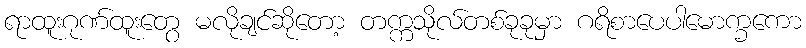
ရာထူးဂုဏ်ထူးတွေ မလိုချင်ဆိုတော့ တက္ကသိုလ်တစ်ခုခုမှာ ဂရိစာပေပါမောက္ခကော